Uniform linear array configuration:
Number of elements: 12
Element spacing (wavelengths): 0.75
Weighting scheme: binomial
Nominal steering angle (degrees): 15
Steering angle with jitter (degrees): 14.355
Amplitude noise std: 0.05
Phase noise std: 0.05

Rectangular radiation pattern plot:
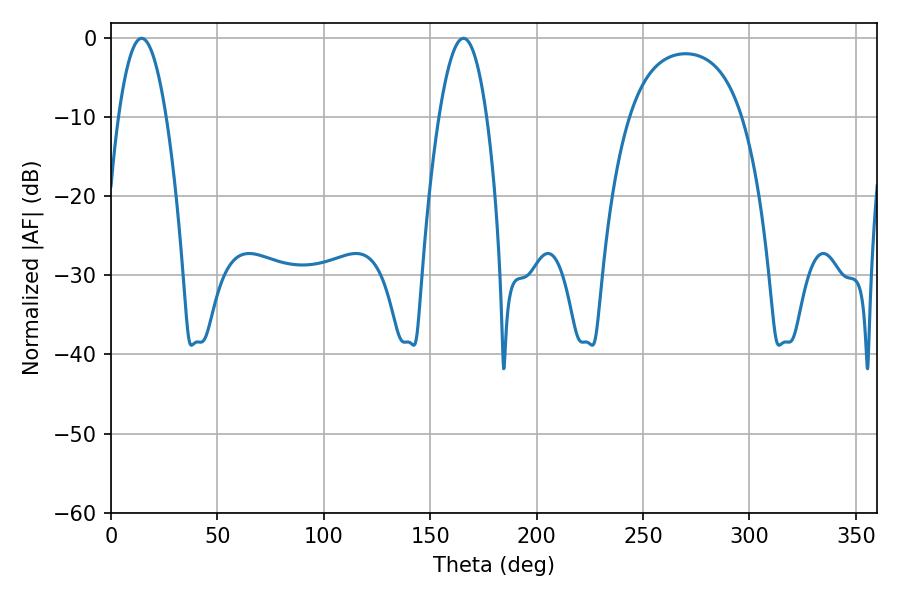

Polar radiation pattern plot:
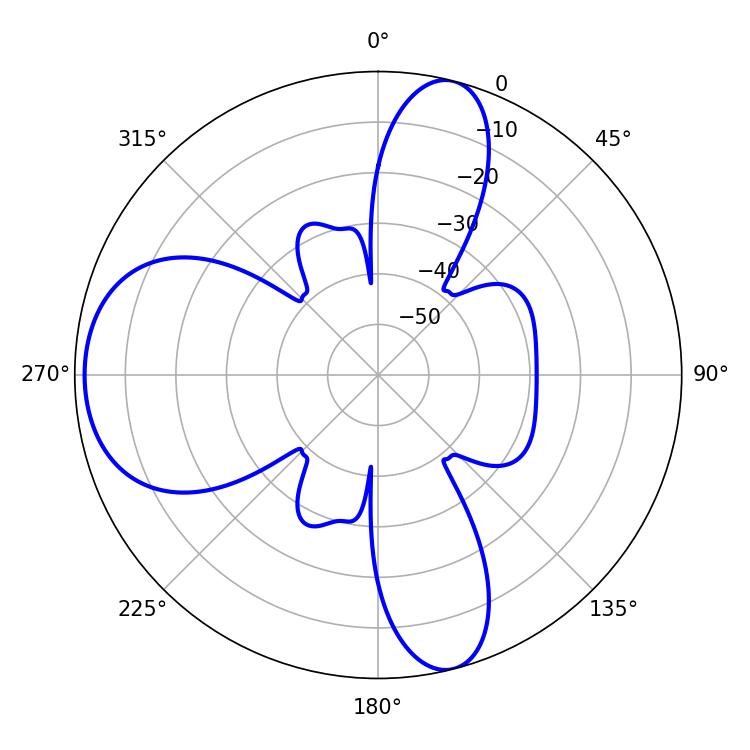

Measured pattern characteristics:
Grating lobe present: TRUE
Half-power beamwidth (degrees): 12.42
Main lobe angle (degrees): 14.4